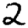
Digit: 2